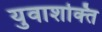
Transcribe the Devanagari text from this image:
युवाशक्‍ित